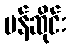
ပန်ဆိုင်း